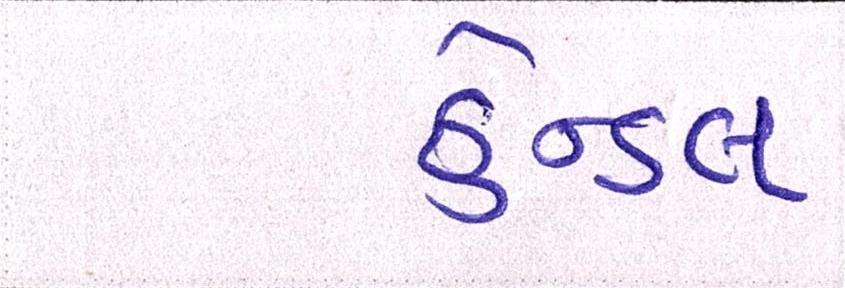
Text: હેન્ડલ